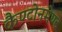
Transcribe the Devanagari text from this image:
कैण्टोनमेण्ट